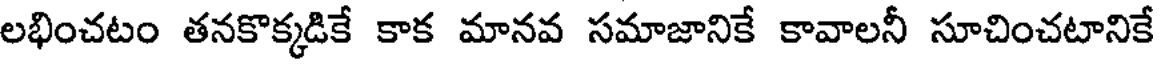
లభించటం తనకొక్కడికే కాక మానవ సమాజానికే కావాలనీ సూచించటానికే